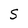
Character: S